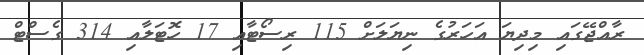
ރާއްޖޭގައި މިދިޔަ އަަހަރުގެ ނިޔަލަށް 115 ރިސޯޓާއި 17 ހޮޓަލާއި 314 ގެސްޓް